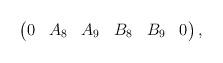
LaTeX: \begin{align*}\begin{pmatrix} 0& A_8 & A_9 & B_8 & B_9 & 0 \end{pmatrix},\end{align*}